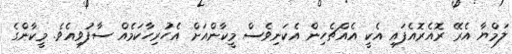
ލަމްޔާ އެރޭ ރޮއެރޮއެފައި އެކީ އެއްޗެހިން އެކަނިވެސް މީކާންއަށް އެހުރިހާކަމެއް ސާފުވިއެވެ. މީކާންގެ